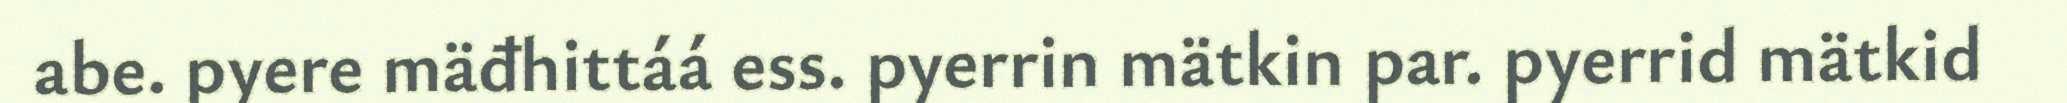
abe. pyere mäđhittáá ess. pyerrin mätkin par. pyerrid mätkid